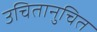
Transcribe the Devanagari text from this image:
उचितानुचित